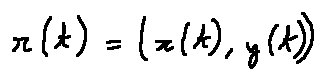
r ( t ) = ( x ( t ) , y ( t ) )